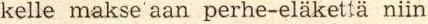
kelle makse'aan perhe-eläkettä niin